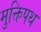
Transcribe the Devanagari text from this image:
मुक्तिपथ